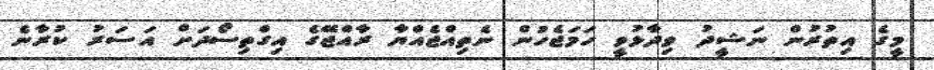
މީގެ އިތުރުން ނަޝީދު ވިދާޅުވީ ހަމަޖެހުން ނެތިއްޖެއްޔާ ރާއްޖޭގެ އިގްތިސޯދަށް އަސަރު ކުރާނެ